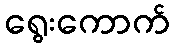
ရွေးကောက်